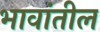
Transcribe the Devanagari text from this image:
भावांतील